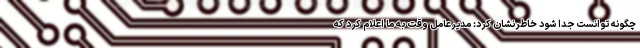
چگونه توانست جدا شود خاطرنشان کرد: مدیرعامل وقت به ما اعلام کرد که